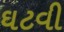
ઘટવી